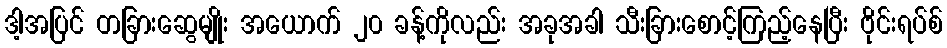
ဒါ့အပြင် တခြားဆွေမျိုး အယောက် ၂၀ ခန့်ကိုလည်း အခုအခါ သီးခြားစောင့်ကြည့်နေပြီး ဗိုင်းရပ်စ်